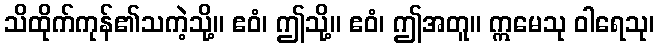
သိထိုက်ကုန်၏သကဲ့သို့။ ဧဝံ၊ ဤသို့။ ဧဝံ၊ ဤအတူ။ ဣမေသု ဝါရေသု၊